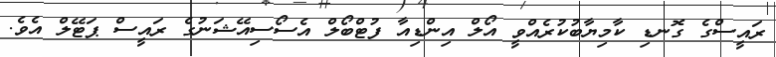
ރައީސްގެ ގޮނޑި ކާމިޔާބުކުރެއްވީ އޯލް އިންޑިއާ ފުޓްބޯލް އެސޯސިއޭޝަނުގެ ރައީސް ޕަޓޭލް އެވެ.